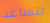
لتساعد